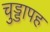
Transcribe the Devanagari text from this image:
चुड्डापह